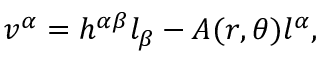
v ^ { \alpha } = h ^ { \alpha \beta } l _ { \beta } - A ( r , \theta ) l ^ { \alpha } ,